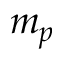
m _ { p }